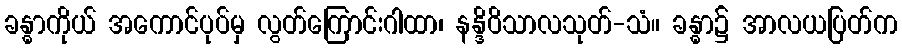
ခန္ဓာကိုယ် အကောင်ပုပ်မှ လွတ်ကြောင်းဂါထာ၊ နန္ဒိဝိသာလသုတ်-သံ။ ခန္ဓာ၌ အာလယပြတ်က